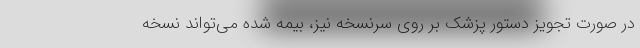
در صورت تجویز دستور پزشک بر روی سرنسخه نیز، بیمه شده می‌تواند نسخه